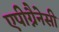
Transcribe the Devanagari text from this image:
एपीग्नैनेसी